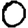
Digit: 0